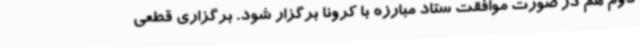
دوم هم در صورت موافقت ستاد مبارزه با کرونا برگزار شود. برگزاری قطعی